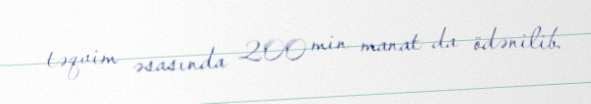
təqvim əsasında 200 min manat da ödənilib.